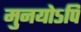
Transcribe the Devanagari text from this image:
मुनयोऽपि